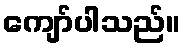
ကျော်ပါသည်။